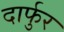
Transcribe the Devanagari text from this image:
दार्फुर